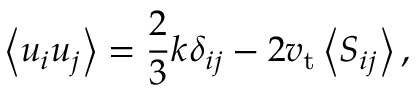
\left\langle u _ { i } u _ { j } \right\rangle = \frac { 2 } { 3 } k \delta _ { i j } - 2 v _ { \mathrm { t } } \left\langle S _ { i j } \right\rangle ,